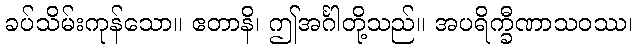
ခပ်သိမ်းကုန်သော။ ဧတာနိ၊ ဤအင်္ဂါတို့သည်။ အပရိက္ခီဏာသဝဿ၊